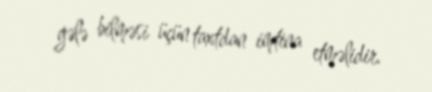
gələ bilməsi üçün taxtdan imtina etməlidir.